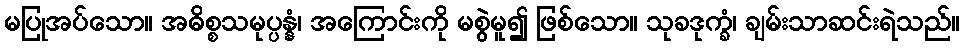
မပြုအပ်သော။ အဓိစ္စသမုပ္ပန္နံ၊ အကြောင်းကို မစွဲမူ၍ ဖြစ်သော။ သုခဒုက္ခံ၊ ချမ်းသာဆင်းရဲသည်။